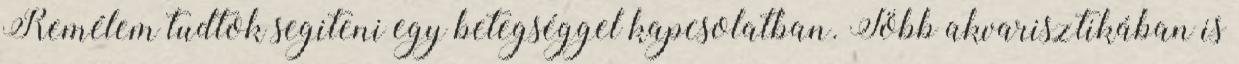
Remélem tudtok segiteni egy betegséggel kapcsolatban. Több akvarisztikában is